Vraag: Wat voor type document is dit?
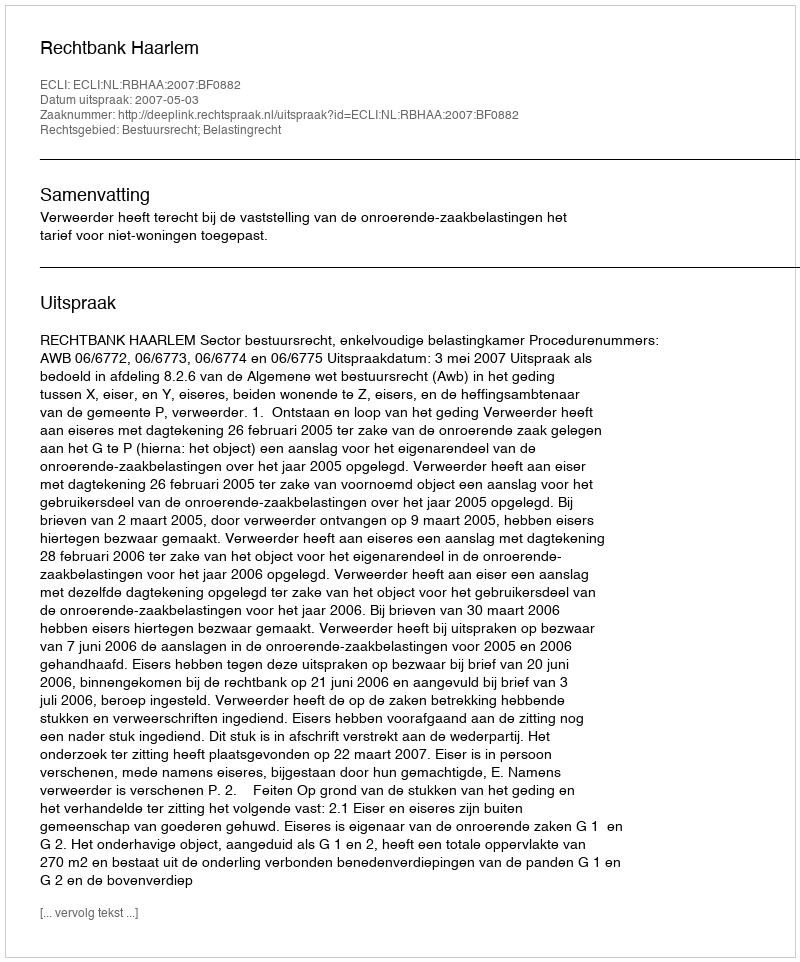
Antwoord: Uitspraak